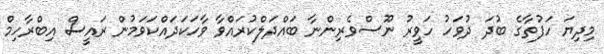
މިދިޔަ ހަފުތާގެ ބުދަ ދުވަހު ހަވީރު ނޫސްވެރިންނާ ބައްދަލްކުރައްވާ ވާހަކަދައްކަވަމުން ރައީސް އިބްރާހިމް